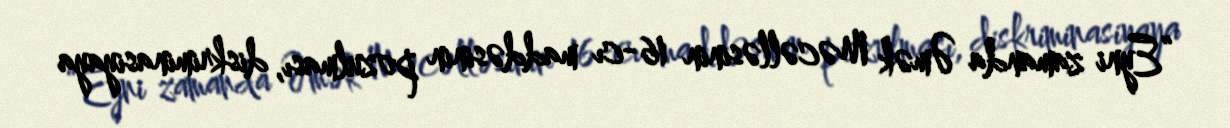
“Eyni zamanda Əmək Məcəlləsinin 16-cı maddəsinin pozulması, diskriminasiyaya